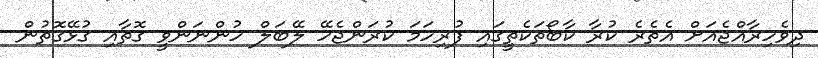
ދިވެހިރާއްޖެއަށް އެތެރެ ކުރާ ކާބޯތަކެތީގައި ފުރިހަމަ ކުރަންޖެހޭ ލޭބަލް ހުންނަންވީ ގޮތާއި ގުޅޭގޮތުން